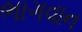
ભાગવાન